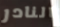
النادر